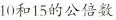
10和15的公倍数